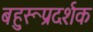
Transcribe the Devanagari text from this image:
बहुरूप्रदर्शक